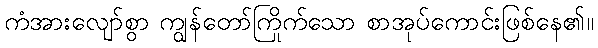
ကံအားလျော်စွာ ကျွန်တော်ကြိုက်သော စာအုပ်ကောင်းဖြစ်နေ၏။